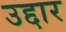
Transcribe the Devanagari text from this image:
उद्दार